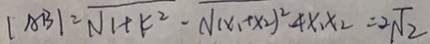
\vert A B \vert = \sqrt { 1 + k ^ { 2 } } - \sqrt { ( x _ { 1 } + x _ { 2 } ) ^ { 2 } } - 4 x _ { 1 } x _ { 2 } = 2 \sqrt { 2 }